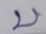
บ